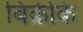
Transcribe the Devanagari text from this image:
बिक्रीके